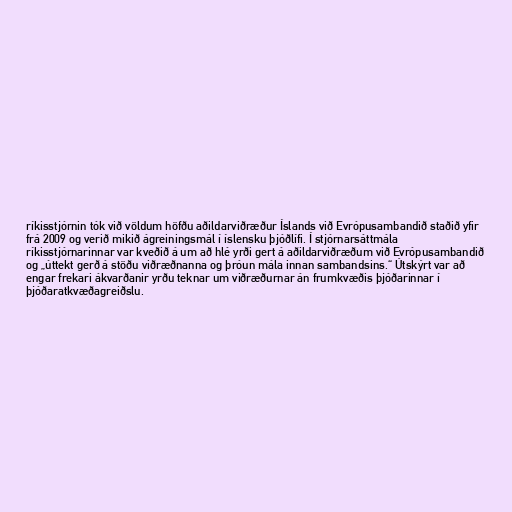
ríkisstjórnin tók við völdum höfðu aðildarviðræður Íslands við Evrópusambandið staðið yfir
frá 2009 og verið mikið ágreiningsmál í íslensku þjóðlífi. Í stjórnarsáttmála
ríkisstjórnarinnar var kveðið á um að hlé yrði gert á aðildarviðræðum við Evrópusambandið
og „úttekt gerð á stöðu viðræðnanna og þróun mála innan sambandsins.“ Útskýrt var að
engar frekari ákvarðanir yrðu teknar um viðræðurnar án frumkvæðis þjóðarinnar í
þjóðaratkvæðagreiðslu.